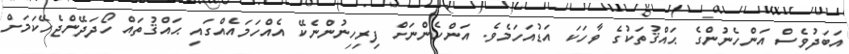
އަބަދުވެސް އަންހެނުންގެ ޙައްޤުތަކުގެ ވާހަކަ އަޑުއަހަމެވެ. އަންހެންނަށް ފިރިހިނުންނެކޭ އެއްހަމައެއްގައި ޙައްޤުތައް ހޯދަދޭންޖެހޭކަމަށް